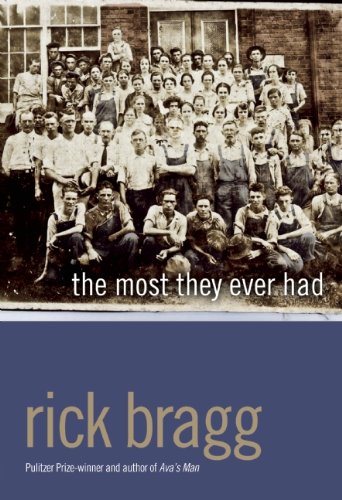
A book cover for The Most They Ever Had; Rick Bragg; Business & Money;